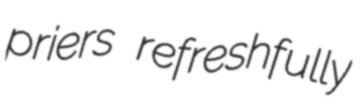
priers refreshfully